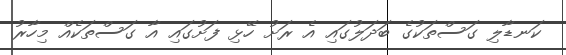
ކަނޑާލި ގަސްތަކުގެ ބަދަލުގައި އެ ރަށު ހޭޅި ފަށުގައި އާ ގަސްތަކެއް މިހާރު